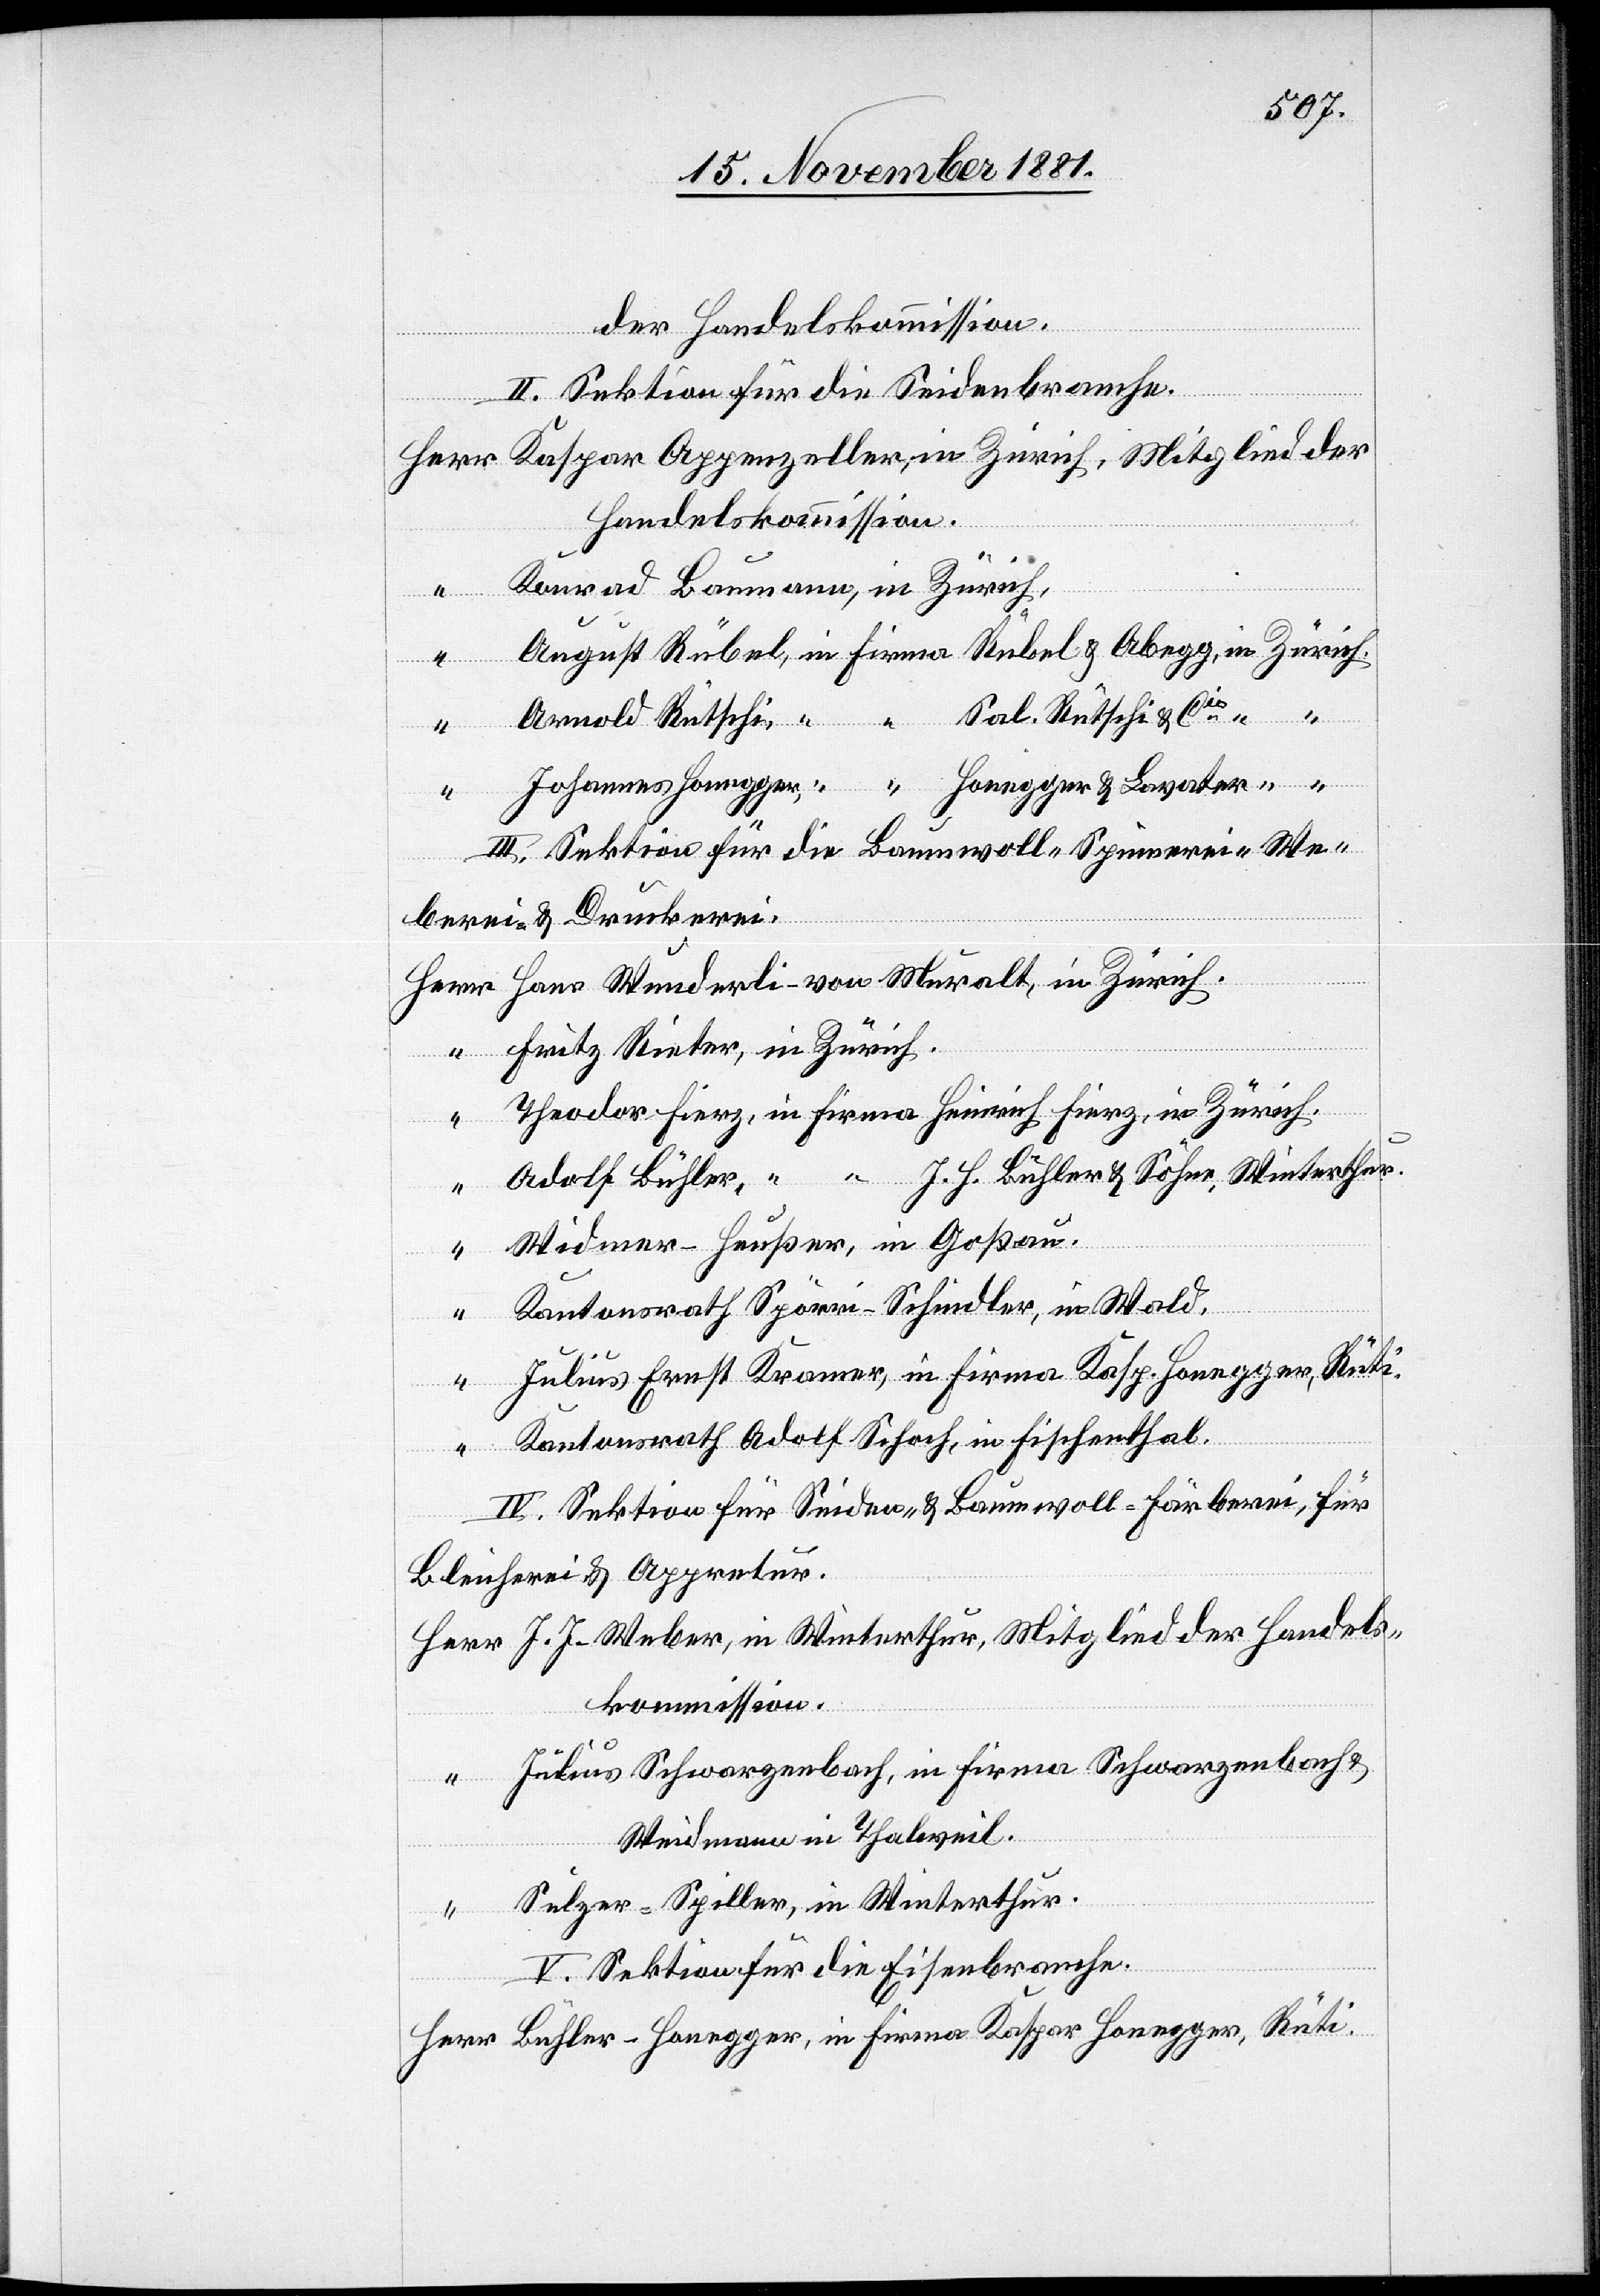
der Handelskommission.
II. Sektion für die Seidenbranche.
Herr Kaspar Appenzeller, in Zürich, Mitglied der
Handelskommission.
“ Konrad Baumann, in Zürich,
August Rübel, in Firma Rübel & Abegg, in Zürich,
“ Arnold Rütschi,“ “ Sal. Rütschi & Cie
“ Johannes Honegger, [in Firma] Honegger & Lavater [in
III. Sektion für die Baumwoll- Spinnerei- We¬
berei & Druckerei.
Herr Hans Wunderli - von Muralt, in Zürich.
“ Fritz Reiter, in Zürich.
Theodor Fierz, in Firma Heinrich Fierz, in Zürich.
“ Adolf Bühler, “ “ J. H. Bühler & Söhne, Winterthur.
“ Widmer-Heußer, in Goßau.
“ Kantonsrath Spörri-Schindler, in Wald.
Julius Ernst Kramer, in Firma Kasp. Honegger, Rüti.
“
Kantonsrath Adolf Schoch, in Fischenthal.
IV. Sektion für Seiden- & Baumwoll-Färberei, für
Bleicherei & Appretur.
Herr J. J. Weber, in Winterthur, Mitglied der Handels¬
kommission.
“ Julius Schwarzenbach, in Firma Schwarzenbach &
Weidmann in Thalweil.
“ Sulzer-Spiller, in Winterthur.
V. Sektion für die Eisenbranche.
Herr Bühler-Honegger, in Firma Kaspar Honegger, Rüti.